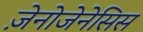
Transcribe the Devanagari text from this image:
ज़ेनोजेनेसिस